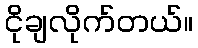
ငိုချလိုက်တယ်။